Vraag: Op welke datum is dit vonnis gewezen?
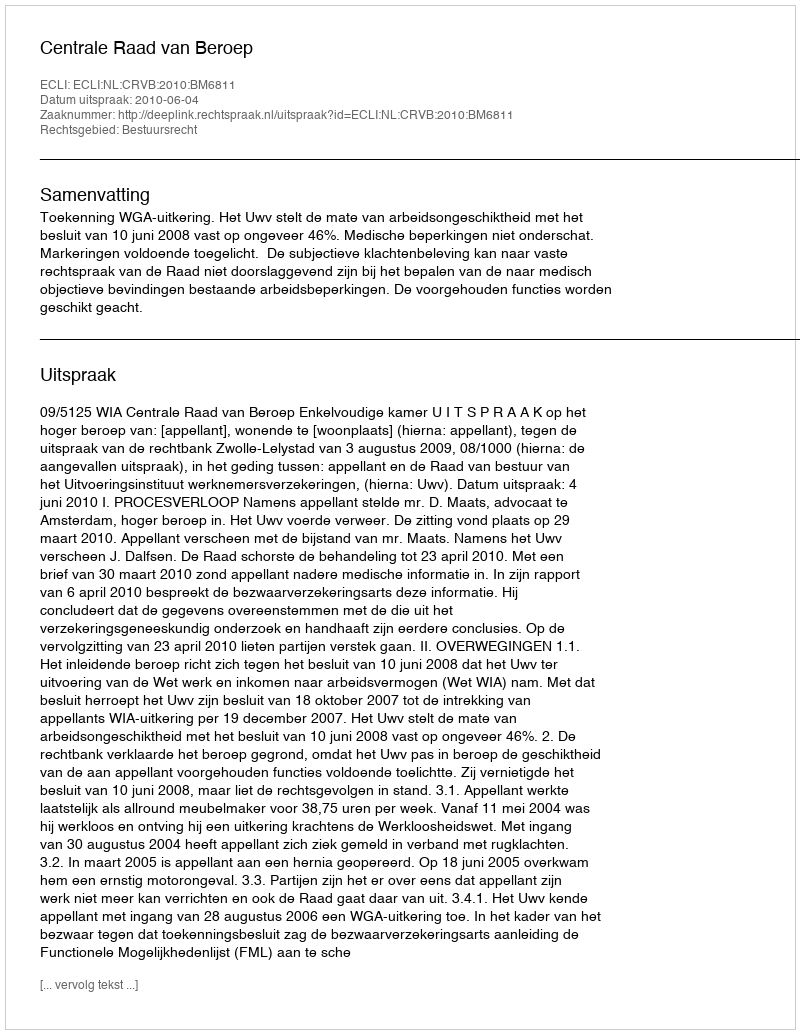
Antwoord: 2010-06-04